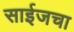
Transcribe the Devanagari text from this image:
साईजचा